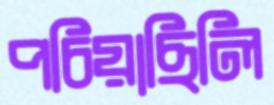
পচিয়াছিলি